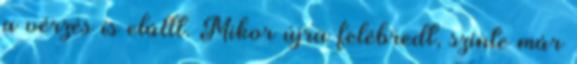
a vérzés is elállt. Mikor újra felébredt, szinte már